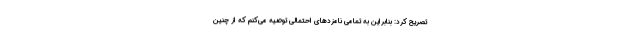
تصریح کرد: بنابراین به تمامی نامزدهای احتمالی توصیه می‌کنم که از چنین